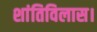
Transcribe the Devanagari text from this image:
शांतिविलास।